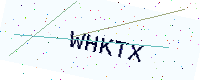
Text: WHKTX